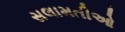
સલામતીઓ